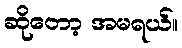
ဆိုတော့ အမရယ်။